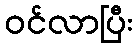
ဝင်လာပြီး